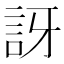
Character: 訝